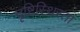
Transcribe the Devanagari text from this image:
दृष्टिस्थिरता